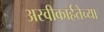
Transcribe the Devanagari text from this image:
अस्वीकार्हतेच्या